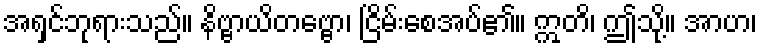
အရှင်ဘုရားသည်။ နိဗ္ဗာယိတဗ္ဗော၊ ငြိမ်းစေအပ်၏။ ဣတိ၊ ဤသို့။ အာဟ၊